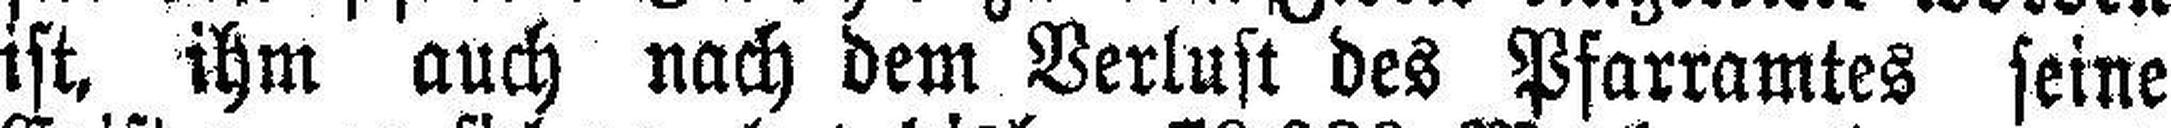
ist, ihm auch nach dem Verlust des Pfarramtes seine